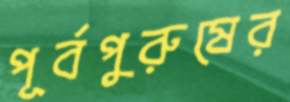
পূর্বপুরুষের